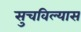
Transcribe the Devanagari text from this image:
सुचविल्यास